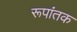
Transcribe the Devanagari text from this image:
रूपांतक